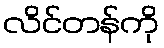
လိင်တန်ကို